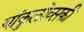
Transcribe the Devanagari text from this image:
यांकुलोव्सकी